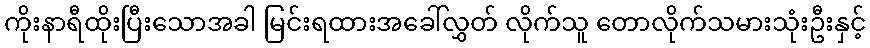
ကိုးနာရီထိုးပြီးသောအခါ မြင်းရထားအခေါ်လွှတ် လိုက်သူ တောလိုက်သမားသုံးဦးနှင့်